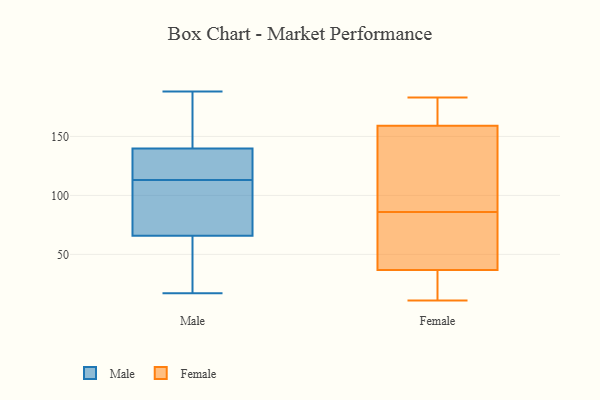
{"axis": {"x": "Page Views", "y": "Value"}, "legend": ["Female", "Male"], "data": [{"x": "", "y": 119, "type": "Male"}, {"x": "", "y": 17, "type": "Male"}, {"x": "", "y": 143, "type": "Male"}, {"x": "", "y": 130, "type": "Male"}, {"x": "", "y": 96, "type": "Male"}, {"x": "", "y": 77, "type": "Male"}, {"x": "", "y": 161, "type": "Male"}, {"x": "", "y": 188, "type": "Male"}, {"x": "", "y": 49, "type": "Male"}, {"x": "", "y": 113, "type": "Male"}, {"x": "", "y": 62, "type": "Male"}, {"x": "", "y": 178, "type": "Female"}, {"x": "", "y": 35, "type": "Female"}, {"x": "", "y": 159, "type": "Female"}, {"x": "", "y": 146, "type": "Female"}, {"x": "", "y": 59, "type": "Female"}, {"x": "", "y": 13, "type": "Female"}, {"x": "", "y": 115, "type": "Female"}, {"x": "", "y": 183, "type": "Female"}, {"x": "", "y": 39, "type": "Female"}, {"x": "", "y": 70, "type": "Female"}, {"x": "", "y": 86, "type": "Female"}, {"x": "", "y": 18, "type": "Female"}, {"x": "", "y": 85, "type": "Female"}, {"x": "", "y": 182, "type": "Female"}, {"x": "", "y": 173, "type": "Female"}, {"x": "", "y": 120, "type": "Female"}, {"x": "", "y": 159, "type": "Female"}, {"x": "", "y": 36, "type": "Female"}, {"x": "", "y": 11, "type": "Female"}]}